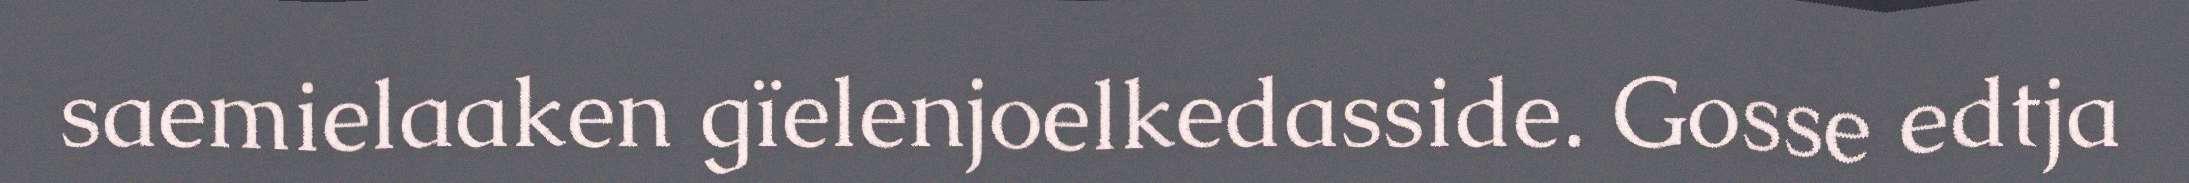
saemielaaken gïelenjoelkedasside. Gosse edtja